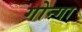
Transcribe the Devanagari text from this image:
गोन्गा